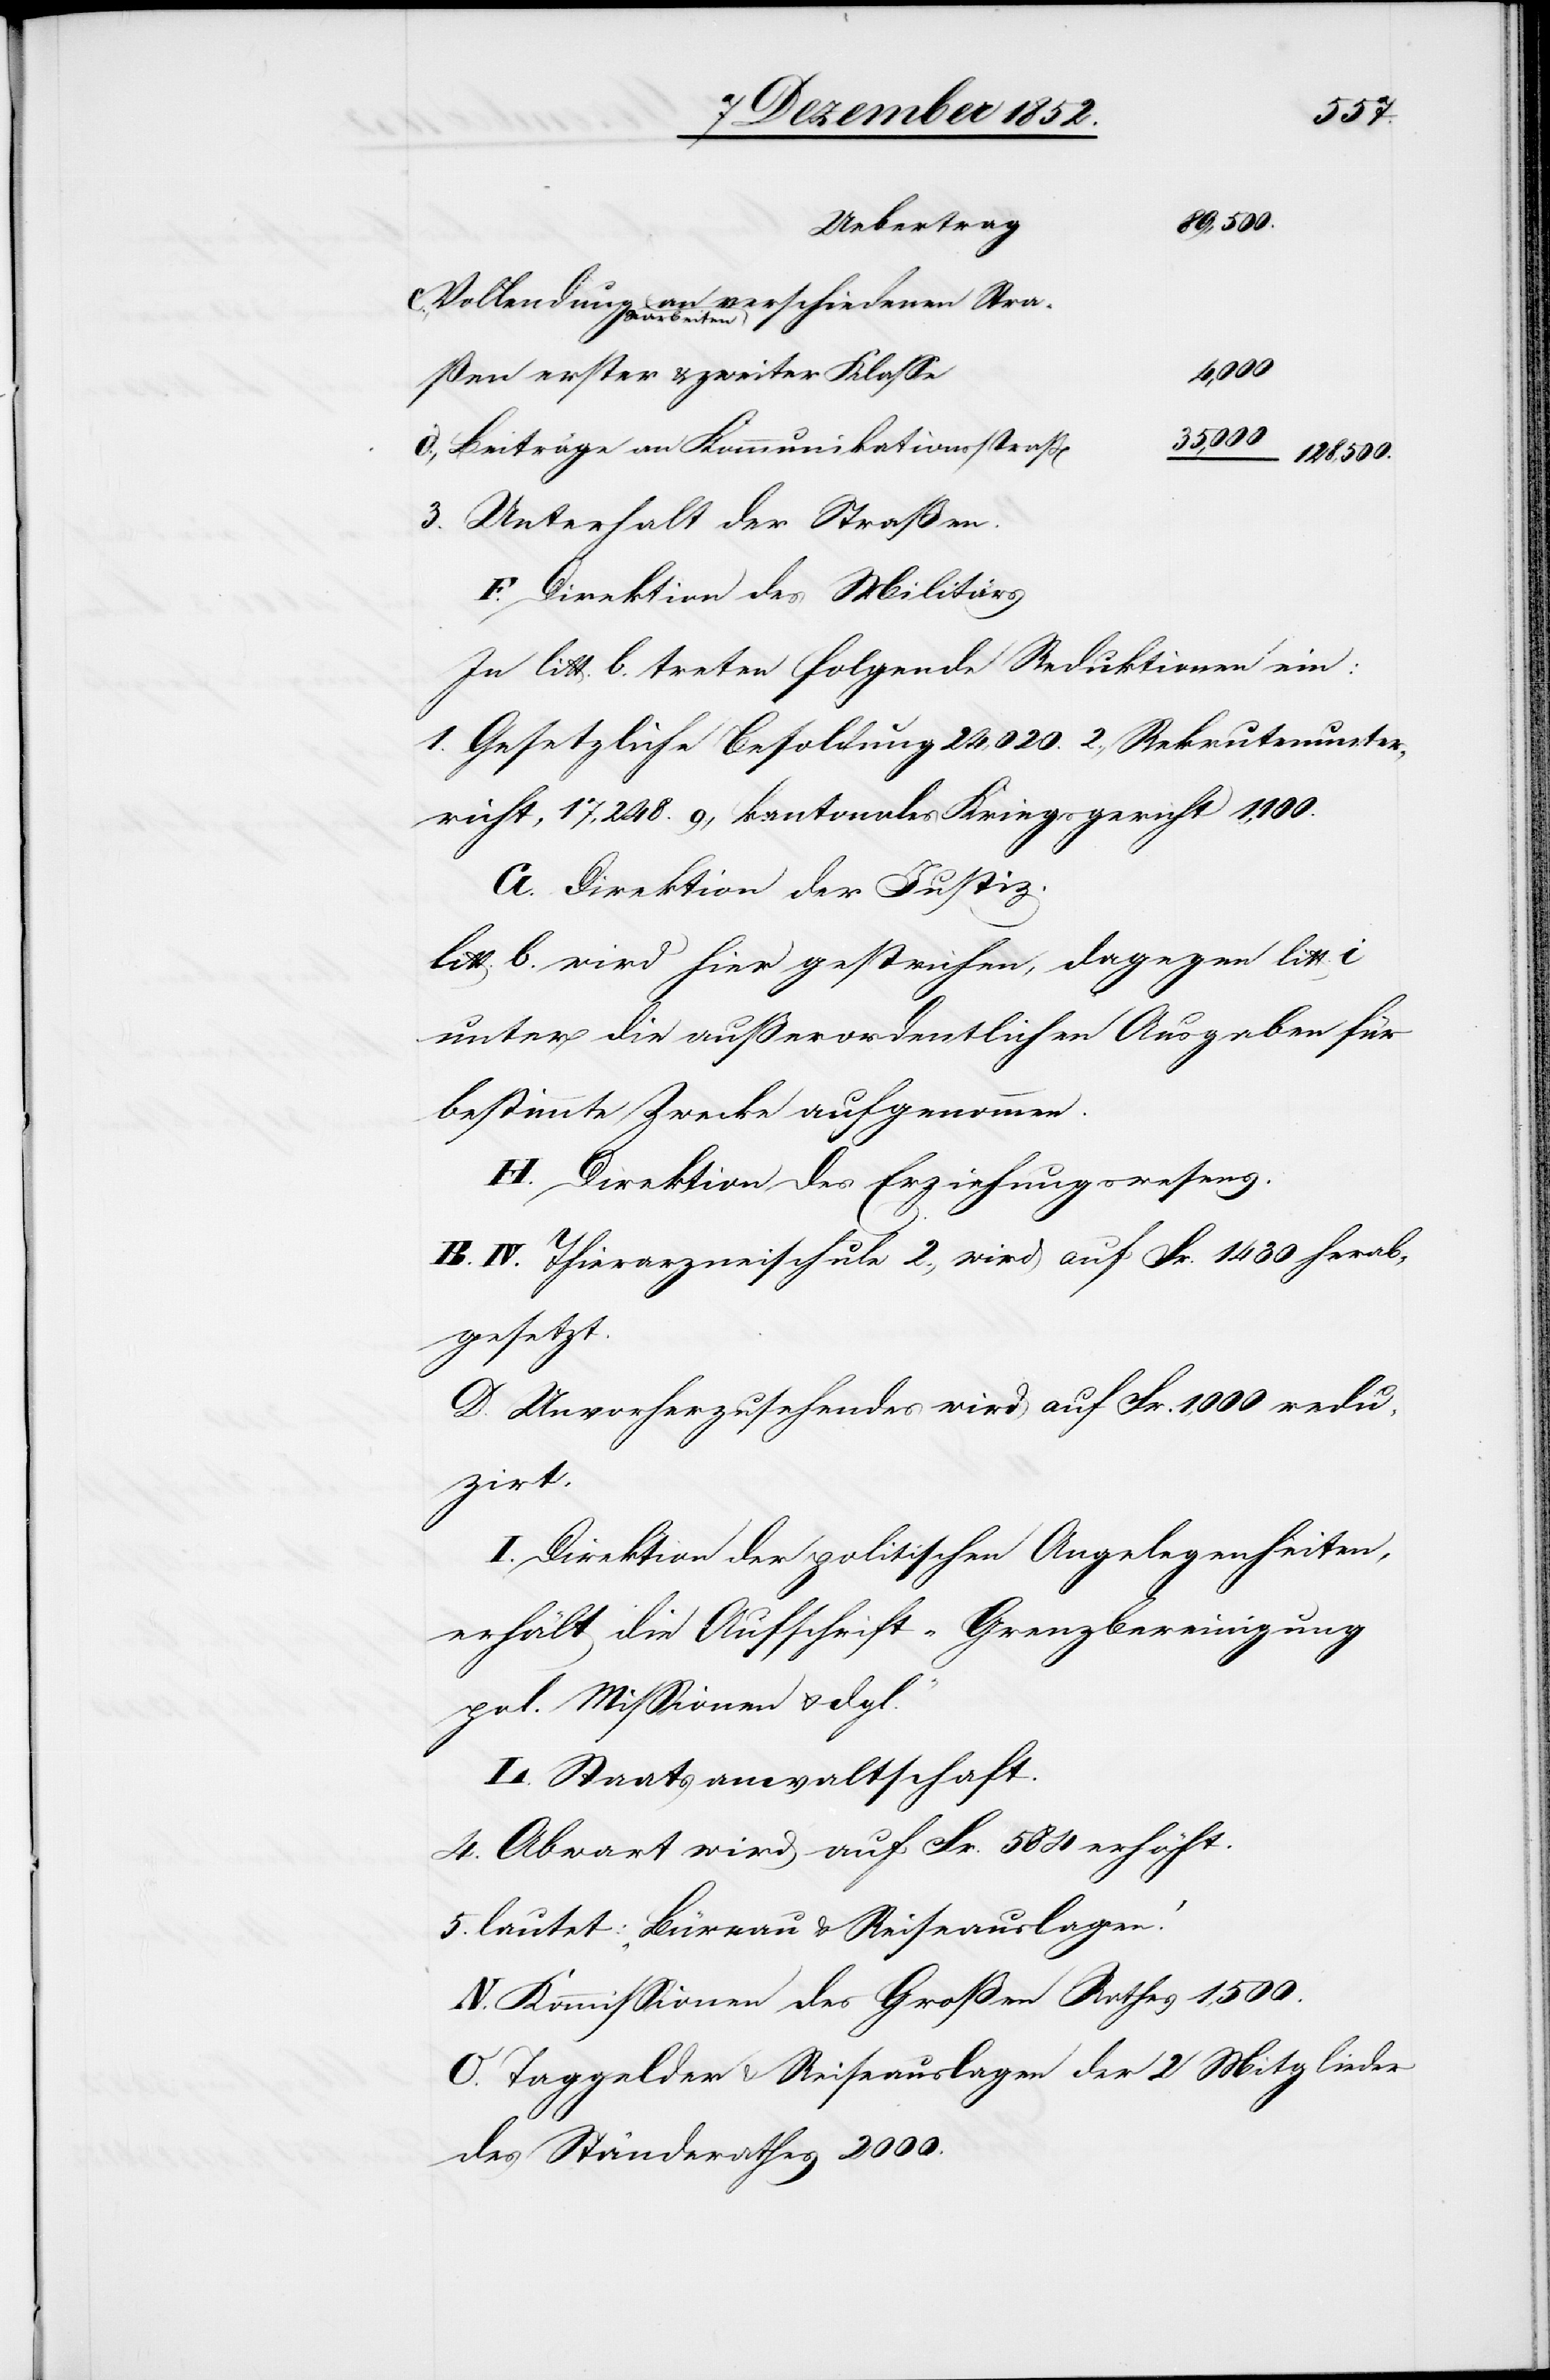
3.
128,500.
Vollendungsarbeiten an verschiedenen Stra¬
ßen erster & zweiter Klasse
Beiträge an Kommunikationsstraß[en]
Unterhalt der Straßen
F. Direktion des Militärs
In litt. b. treten folgende Reduktionen ein:
1. Gesetzliche Besoldung 24,020. 2., Rekrutenunter¬
richt, 17,248. 9., kantonales Kriegsgericht 1,100.
G. Direktion der Justiz.
litt. b. wird hier gestrichen, dagegen litt.
unter die außerordentlichen Ausgaben für
bestimmte Zwecke aufgenommen.
H. Direktion des Erziehungswesens.
B. IV. Thierarzneischule 2., wird auf Fr. 1430 herab¬
gesetzt.
D. Unvorherzusehendes wird auf Fr. 1,000 redu¬
zirt.
I. Direktion der politischen Angelegenheiten,
erhält die Aufschrift „Grenzbereinigung
pol. Missionen & dgl.“
L. Staatsanwaltschaft.
4. Abwart wird auf Fr. 584 erhöht.
5. lautet: „Büreau & Reiseauslagen.“
N. Kommissionen des Großen Rathes 1,500.
O. Taggelder & Reiseauslagen der 2 Mitglieder
des Ständerathes 2000.